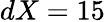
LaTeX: dX=15